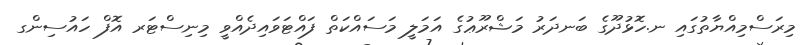
މިރަސްމިއްޔާތުގައި ނ.ހޮޅުދޫގެ ބަނދަރު މަޝްރޫޢުގެ އަމަލީ މަސައްކަތް ފައްޓަވައިދެއްވީ މިނިސްޓަރ އޮފް ހައުސިންގ